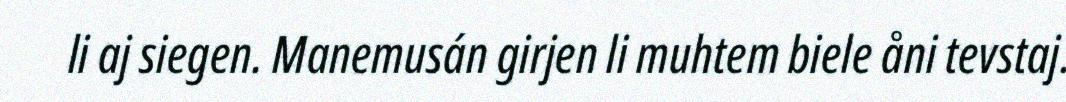
li aj siegen. Manemusán girjen li muhtem biele åni tevstaj.